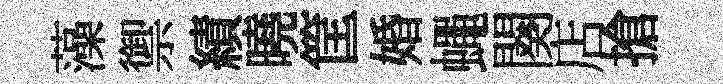
藻禦績曉筐婚蠅闋店搶